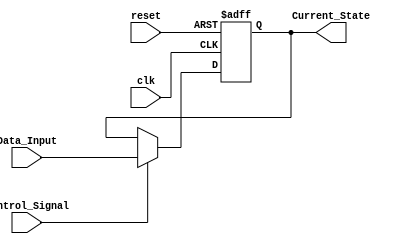
module hold_condition (
    input wire clk,               // Clock signal
    input wire reset,             // Asynchronous reset signal
    input wire Control_Signal,    // Control signal to hold or update state
    input wire [WIDTH-1:0] Data_Input,  // Data input to update current state
    output reg [WIDTH-1:0] Current_State // Current state output
);

parameter WIDTH = 8; // Define the width of your data signal, customize as needed

// Asynchronous reset and update logic
always @(posedge clk or posedge reset) begin
    if (reset) begin
        Current_State <= {WIDTH{1'b0}}; // Initialize Current State to 0
    end else if (Control_Signal) begin
        Current_State <= Data_Input; // Update Current State to Data Input if Control Signal is active
    end
    // If Control_Signal is not active, Current_State retains its value (Hold Condition)
end

endmodule